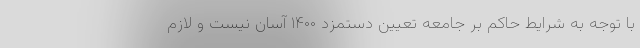
با توجه به شرایط حاکم بر جامعه تعیین دستمزد ۱۴۰۰ آسان نیست و لازم